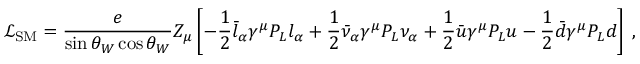
\mathscr { L } _ { \mathrm { S M } } = \frac { e } { \sin \theta _ { W } \cos \theta _ { W } } Z _ { \mu } \left[ - \frac { 1 } { 2 } \bar { l } _ { \alpha } \gamma ^ { \mu } P _ { L } l _ { \alpha } + \frac { 1 } { 2 } \bar { \nu } _ { \alpha } \gamma ^ { \mu } P _ { L } \nu _ { \alpha } + \frac { 1 } { 2 } \bar { u } \gamma ^ { \mu } P _ { L } u - \frac { 1 } { 2 } \bar { d } \gamma ^ { \mu } P _ { L } d \right] \; ,